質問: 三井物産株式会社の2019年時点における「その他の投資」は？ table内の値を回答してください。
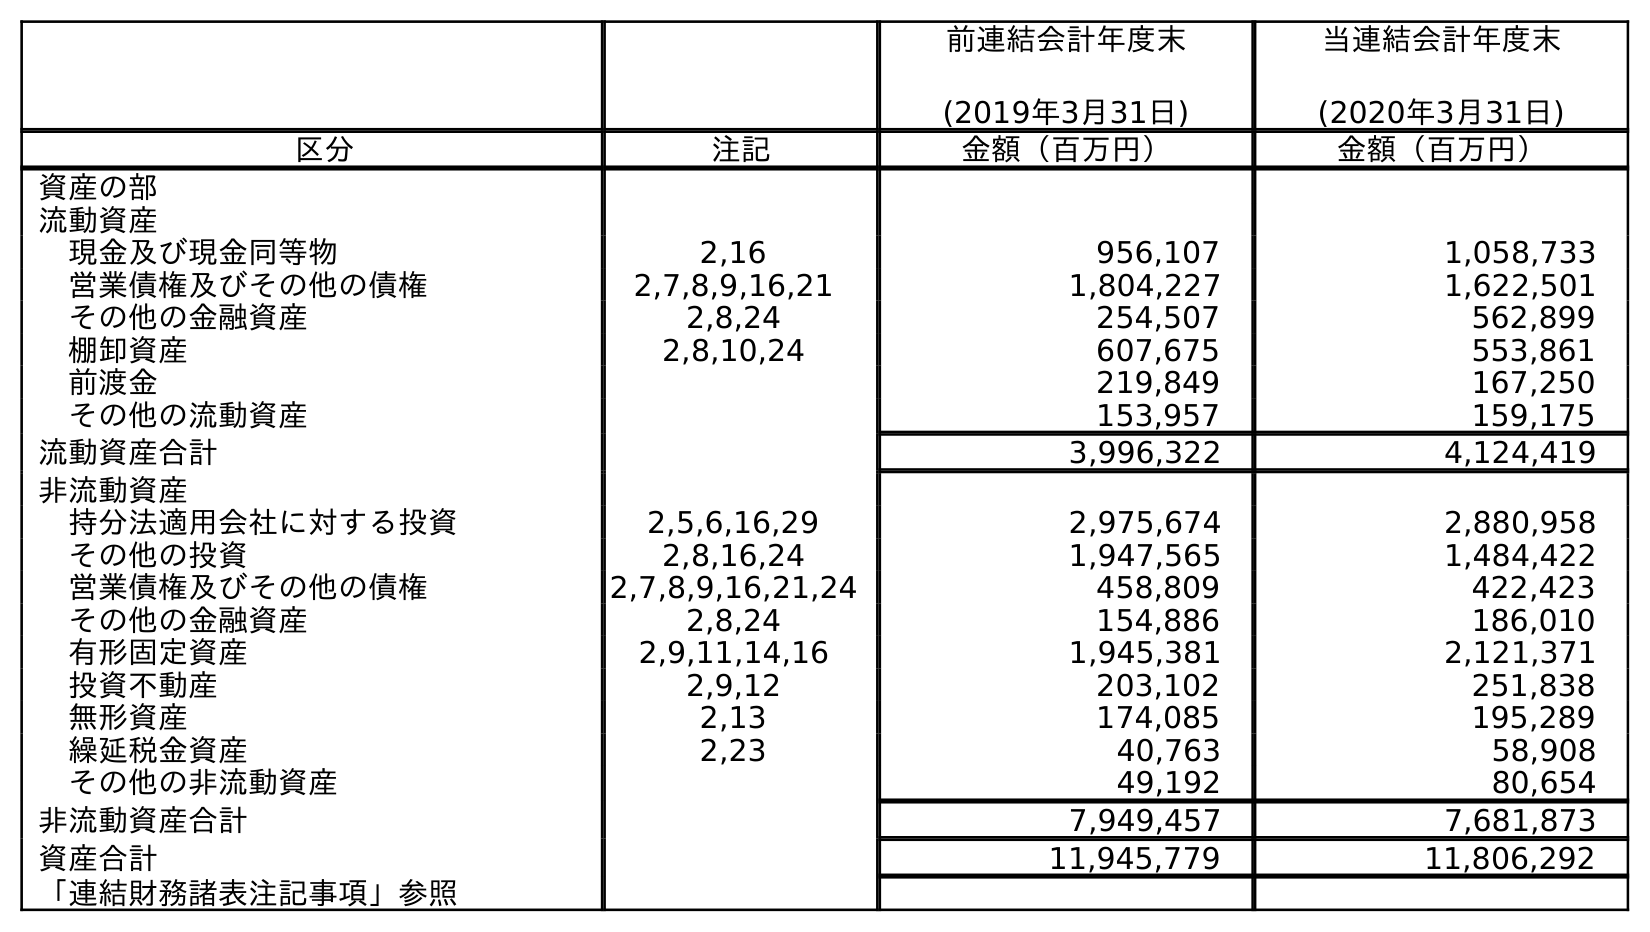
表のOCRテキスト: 前連結会計年度末 (2019年3月31日) 当連結会計年度末 (2020年3月31日) 区分 注記 金額（百万円） 金額（百万円） 資産の部 流動資産 現金及び現金同等物 2,16 956,107 1,058,733 営業債権及びその他の債権 2,7,8,9,16,21 1,804,227 1,622,501 その他の金融資産 2,8,24 254,507 562,899 棚卸資産 2,8,10,24 607,675 553,861 前渡金 219,849 167,250 その他の流動資産 153,957 159,175 流動資産合計 3,996,322 4,124,419 非流動資産 持分法適用会社に対する投資 2,5,6,16,29 2,975,674 2,880,958 その他の投資 2,8,16,24 1,947,565 1,484,422 営業債権及びその他の債権 2,7,8,9,16,21,24 458,809 422,423 その他の金融資産 2,8,24 154,886 186,010 有形固定資産 2,9,11,14,16 1,945,381 2,121,371 投資不動産 2,9,12 203,102 251,838 無形資産 2,13 174,085 195,289 繰延税金資産 2,23 40,763 58,908 その他の非流動資産 49,192 80,654 非流動資産合計 7,949,457 7,681,873 資産合計 11,945,779 11,806,292 「連結財務諸表注記事項」参照
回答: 1,947,565